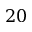
2 0